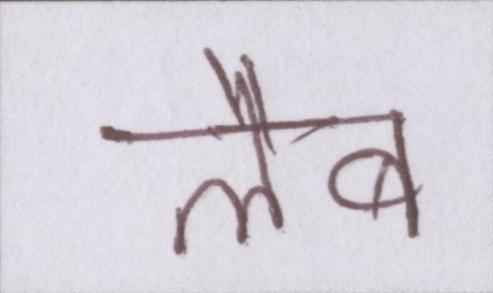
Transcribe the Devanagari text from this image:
लैब